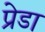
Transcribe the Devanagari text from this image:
प्रेडा